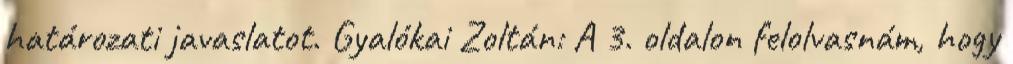
határozati javaslatot. Gyalókai Zoltán: A 3. oldalon felolvasnám, hogy